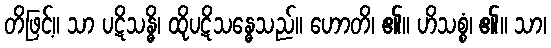
တိဖြင့်။ သာ ပဋိသန္ဓိ၊ ထိုပဋိသန္ဓေသည်။ ဟောတိ၊ ၏။ ဟိသစ္စံ၊ ၏။ သာ၊